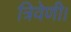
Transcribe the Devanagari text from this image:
त्रिवेणी।